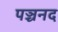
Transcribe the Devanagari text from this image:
पञ्चनद